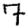
Digit: 7